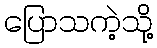
ပြောသကဲ့သို့